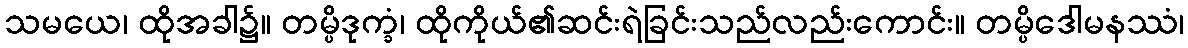
သမယေ၊ ထိုအခါ၌။ တမ္ပိဒုက္ခံ၊ ထိုကိုယ်၏ဆင်းရဲခြင်းသည်လည်းကောင်း။ တမ္ပိဒေါမနဿံ၊